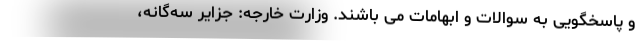
و پاسخگویی به سوالات و ابهامات می باشند. وزارت خارجه: جزایر سه‌گانه،